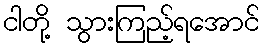
ငါတို့ သွားကြည့်ရအောင်